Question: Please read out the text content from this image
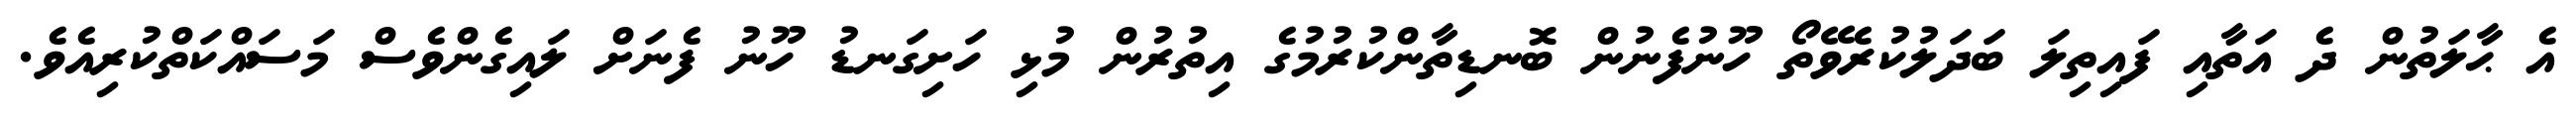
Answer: އެ ޙާލަތުން ދެ އަތާއި ފައިތިލަ ބަދަލުކުރެވޭތޯ ހޫނުފެނުން ބޮނޑިތާންކުރުމުގެ އިތުރުން މުޅި ހަށިގަނޑު ހޫނު ފެނަށް ލައިގެންވެސް މަސައްކަތްކުރިއެވެ.